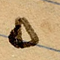
٥